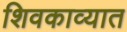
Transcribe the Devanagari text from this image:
शिवकाव्यात